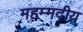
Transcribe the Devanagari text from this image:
महम्मदीय